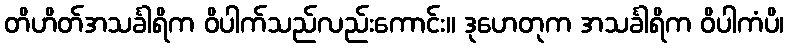
တိဟိတ်အသင်္ခါရိက ဝိပါက်သည်လည်းကောင်း။ ဒုဟေတုက အသင်္ခါရိက ဝိပါကံပိ၊